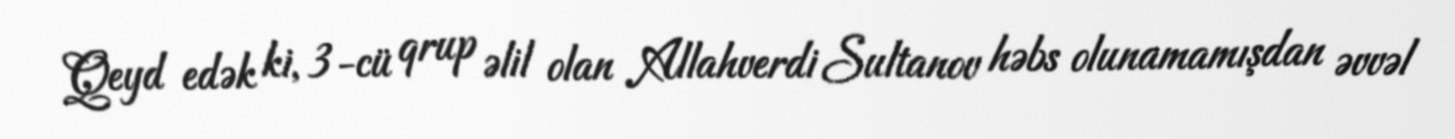
Qeyd edək ki, 3-cü qrup əlil olan Allahverdi Sultanov həbs olunamamışdan əvvəl